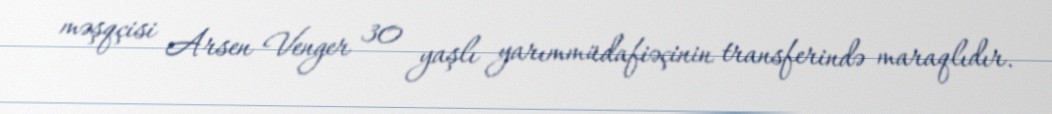
məşqçisi Arsen Venger 30 yaşlı yarımmüdafiəçinin transferində maraqlıdır.